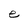
Character: e